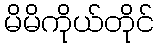
မိမိကိုယ်တိုင်